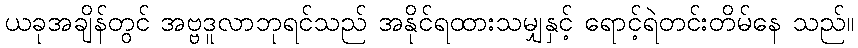
ယခုအချိန်တွင် အဗ္ဗဒူလာဘုရင်သည် အနိုင်ရထားသမျှနှင့် ရောင့်ရဲတင်းတိမ်နေ သည်။